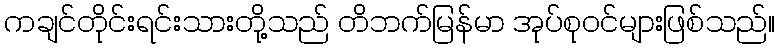
ကချင်တိုင်းရင်းသားတို့သည် တိဘက်မြန်မာ အုပ်စုဝင်များဖြစ်သည်။